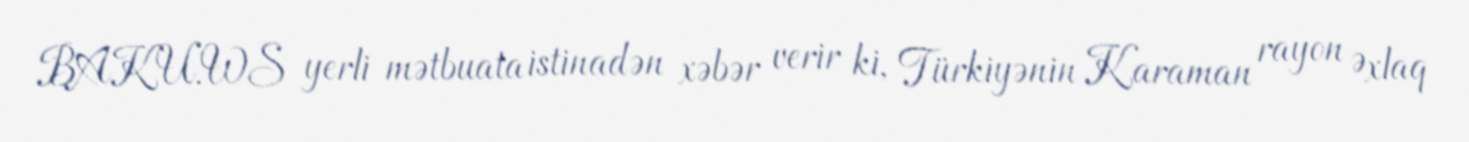
BAKU.WS yerli mətbuata istinadən xəbər verir ki, Türkiyənin Karaman rayon Əxlaq